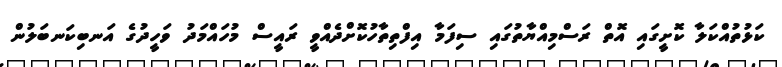
ކަޅުތުއްކަލާ ކޮށީގައި އޮތް ރަސްމިއްޔާތުގައި ސިފަމާ އިފްތިިތާހުކޮށްދެއްވީ ރައީސް މުހައްމަދު ވަހީދުގެ އަނބިކަނބަލުން